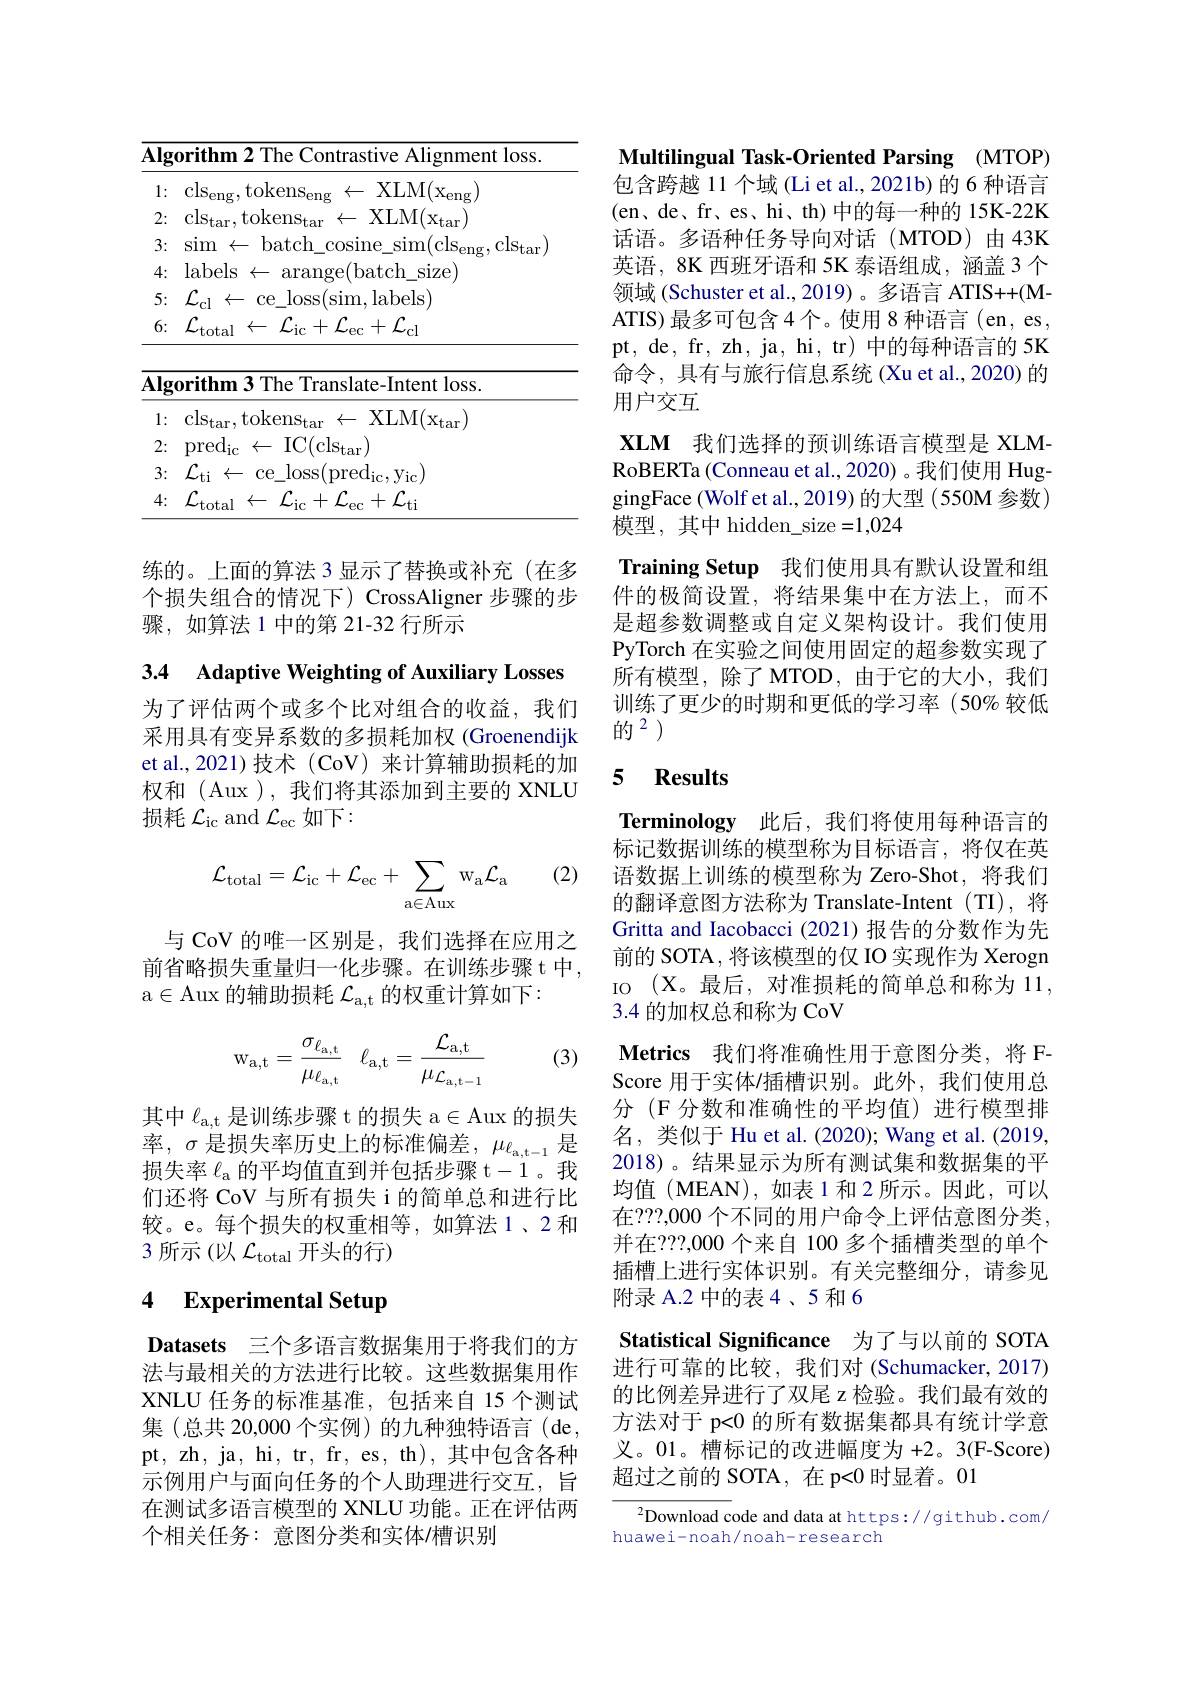
<table>
	<tbody>
		<tr>
			<th>$\overline{\mathbf{Alg}}$ 1</th>
			<th>$\mathbf{y}$orithm 2 The Contrastive Alignment loss.</th>
		</tr>
		<tr>
			<td>1: 1 1 </td>
			<td>$\leftarrow$ XLM$( x_\mathrm{eng})$ $\mathrm{cls}_{\mathrm{eng}},\mathrm{tokens}_{\mathrm{eng}}$</td>
		</tr>
		<tr>
			<td>2:</td>
			<td>$\mathrm{cls}_{\mathrm{tar}},\mathrm{tokens}_{\mathrm{tar}}\leftarrow$XLM$(\mathrm x_{\mathrm{tar}})$</td>
		</tr>
		<tr>
			<td>3:</td>
			<td>$\operatorname{sim}~\leftarrow~\operatorname{batch}\_\operatorname{cosine}\_\operatorname{sim}(\operatorname{cls}_{\operatorname{eng}},\operatorname{cls}_{\operatorname{tar}})$</td>
		</tr>
		<tr>
			<td>4:</td>
			<td>labels$\leftarrow \varepsilon$ $\operatorname{arange}(\operatorname{batch}_{\mathrm{size}}$</td>
		</tr>
		<tr>
			<td>5:</td>
			<td>$\mathcal{L}_{\mathrm{cl}}$ l$\leftarrow$ce$\_$loss(sim,labels)</td>
		</tr>
		<tr>
			<td>6:</td>
			<td>$\mathcal{L}_{\mathrm{total}}\leftarrow\mathcal{L}_{\mathrm{ic}}+\mathcal{L}_{\mathrm{ec}}+\mathcal{L}_{\mathrm{cl}}$</td>
		</tr>
		<tr>
			<td>$\overline{\mathbf{Alg}}$</td>
			<td>$\mathbf{orithm3}$ The Translate-Intent loss.</td>
		</tr>
		<tr>
			<td>1: </td>
			<td>$\mathrm{cls}_{\mathrm{tar}},\mathrm{tokens}_{\mathrm{tar}}$ $\leftarrow$ XLM$(\mathrm x_{\mathrm{tar}})$</td>
		</tr>
		<tr>
			<td>2:</td>
			<td>pre$d_{ic}\leftarrow$IC(cl$s_{tar})$</td>
		</tr>
		<tr>
			<td>3:</td>
			<td>$\mathcal{L}_{\mathrm{ti}}\leftarrow$ce\_loss$(\mathrm{pred}_{\mathrm{ic}},\mathrm{y}_{\mathrm{ic}})$</td>
		</tr>
		<tr>
			<td>4:</td>
			<td>$\mathcal{L}_{\mathrm{total}}$ $\mathcal{L}_{\mathrm{ic}}+\mathcal{L}_{\mathrm{ec}}+\mathcal{L}_{\mathrm{ti}}$ $\leftarrow$</td>
		</tr>
	</tbody>
</table>

练的。上面的算法 3 显示了替换或补充(在多个损失组合的情况下) CrossAligner 步骤的步骤，如算法 1 中的第 21-32 行所示

3.4 Adaptive Weighting of Auxiliary Losses

为了评估两个或多个比对组合的收益，我们采用具有变异系数的多损耗加权 (Groenendijk et al.,2021)技术(CoV)来计算辅助损耗的加权和 (Aux ), 我们将其添加到主要的 XNLU 损耗$\mathcal{L}_\mathrm{ic}$ and $\mathcal{L}_\mathrm{ec}$如下：

(2)
$$\mathcal{L}_{\mathrm{total}}=\mathcal{L}_{\mathrm{ic}}+\mathcal{L}_{\mathrm{ec}}+\sum_{\mathrm{a\in Aux}}\mathrm{w}_{\mathrm{a}}\mathcal{L}_{\mathrm{a}}$$
与 CoV 的唯一区别是，我们选择在应用之前省略损失重量归一化步骤。在训练步骤 t 中， a$\in$Aux 的辅助损耗$\mathcal{L}_\mathrm{a,t}$的权重计算如下：

(3)
$$\mathrm w_{\mathrm a,\mathrm t}=\dfrac{\sigma_{\ell_{\mathrm a,\mathrm t}}}{\mu_{\ell_{\mathrm a,\mathrm t}}}\quad\ell_{\mathrm a,\mathrm t}=\dfrac{\mathcal L_{\mathrm a,\mathrm t}}{\mu_{\mathcal L_{\mathrm a,\mathrm t-1}}}$$
其中$\ell_{\mathrm{a,t}}$是训练步骤 t 的损失 a$\in$Aux 的损失率，$\sigma$是损失率历史上的标准偏差，$\mu_\mathrm{\ell_{\mathrm{a,t-1}}}$是损失率$\ell_\mathrm{a}$的平均值直到并包括步骤 t-1。我们还将 CoV 与所有损失 i 的简单总和进行比较。e。每个损失的权重相等，如算法 1、2 和3 所示(以$\mathcal{L}_\mathrm{total}$开头的行)

# 4 Experimental Setup

Datasets 三个多语言数据集用于将我们的方法与最相关的方法进行比较。这些数据集用作XNLU 任务的标准基准，包括来自 15 个测试集(总共 20,000个实例)的九种独特语言(de, pt, zh, ja, hi, tr, fr, es, th), 其中包含各种示例用户与面向任务的个人助理进行交互，旨在测试多语言模型的 XNLU 功能。正在评估两个相关任务：意图分类和实体/槽识别

Multilingual Task-Oriented Parsing (MTOP) 包含跨越 11 个域 (Li et al., 2021b) 的 6 种语言(en、de、fr、es、hi、th) 中的每一种的 15K-22K 话语。多语种任务导向对话(MTOD)由43K 英语，8K 西班牙语和 5K 泰语组成，涵盖 3 个领域 (Schuster et al., 2019) 。多语言 ATIS++(MATIS) 最多可包含 4 个。使用 8 种语言 (en, es, pt, de, fr, zh, ja, hi, tr) 中的每种语言的 5K 命令，具有与旅行信息系统(Xu et al.,2020)的用户交互

XLM 我们选择的预训练语言模型是 XLMRoBERTa (Conneau et al., 2020) 。我们使用 HuggingFace (Wolf et al., 2019) 的大型 (550M 参数) 模型，其中 hidden\_size=1,024

Training Setup 我们使用具有默认设置和组件的极简设置，将结果集中在方法上，而不是超参数调整或自定义架构设计。我们使用PyTorch 在实验之间使用固定的超参数实现了所有模型，除了MTOD，由于它的大小，我们训练了更少的时期和更低的学习率(50% 较低的$^{2}$

### 5 $\textbf{Results}$

Terminology 此后，我们将使用每种语言的标记数据训练的模型称为目标语言，将仅在英语数据上训练的模型称为 Zero-Shot, 将我们的翻译意图方法称为 Translate-Intent (TI), 将Gritta and Iacobacci (2021) 报告的分数作为先前的 SOTA , 将该模型的仅 IO 实现作为 Xerogn IO (X。最后，对准损耗的简单总和称为 11, 3.4的加权总和称为 CoV
Metrics 我们将准确性用于意图分类，将 FScore 用于实体/插槽识别。此外，我们使用总分 (F 分数和准确性的平均值)进行模型排名，类似于 Hu et al. (2020); Wang et al. (2019, 2018)。结果显示为所有测试集和数据集的平均值(MEAN),如表1和2所示。因此，可以在？??,000 个不同的用户命令上评估意图分类， 并在？??,000 个来自 100 多个插槽类型的单个插槽上进行实体识别。有关完整细分，请参见附录 A.2 中的表 4 、5 和 6
Statistical Significance 为了与以前的 SOTA 进行可靠的比较，我们对(Schumacker,2017) 的比例差异进行了双尾 z 检验。我们最有效的方法对于 p<0 的所有数据集都具有统计学意义。01。槽标记的改进幅度为 +2。3(F-Score) 超过之前的 SOTA, 在 p<0 时显着。01

$^{2}$Download code and data at https://github.com/
huawei-noah/noah-research